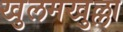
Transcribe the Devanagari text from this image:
खुलमखुल्ला